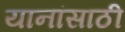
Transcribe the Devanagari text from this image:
यानांसाठी